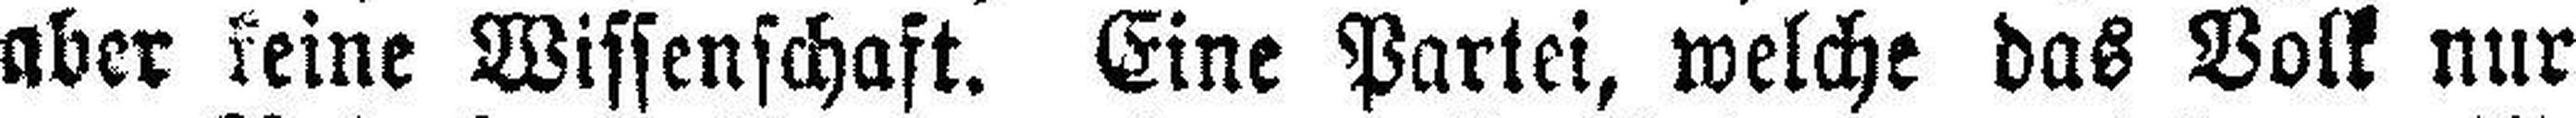
aber keine Wissenschaft. Eine Partei, welche das Volk nur